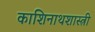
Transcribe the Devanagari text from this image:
काशिनाथशास्त्री